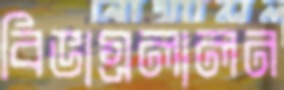
বিভাগ্রলালন